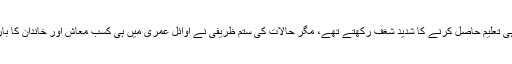
وہ نہایت ذہین تھے اور بچپن سے ہی تعلیم حاصل کرنے کا شدید شغف رکھتے تھے، مگر حالات کی ستم ظریفی نے اَوائل عمری میں ہی کسبِ معاش اور خاندان کا بارِ گراں اٹھانے پر مجبور کردیا تھا۔